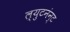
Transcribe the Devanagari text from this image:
ल्युटनंन्ट